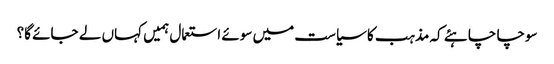
سوچا چاہئے کہ مذہب کا سیاست میں سوئے استعمال ہمیں کہاں لے جائے گا؟